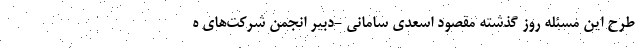
طرح این مسئله روز گذشته مقصود اسعدی سامانی -دبیر انجمن شرکت‌های ه